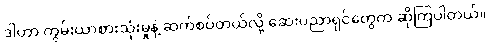
ဒါဟာ ကွမ်းယာစားသုံးမှုနဲ့ ဆက်စပ်တယ်လို့ ဆေးပညာရှင်တွေက ဆိုကြပါတယ်။